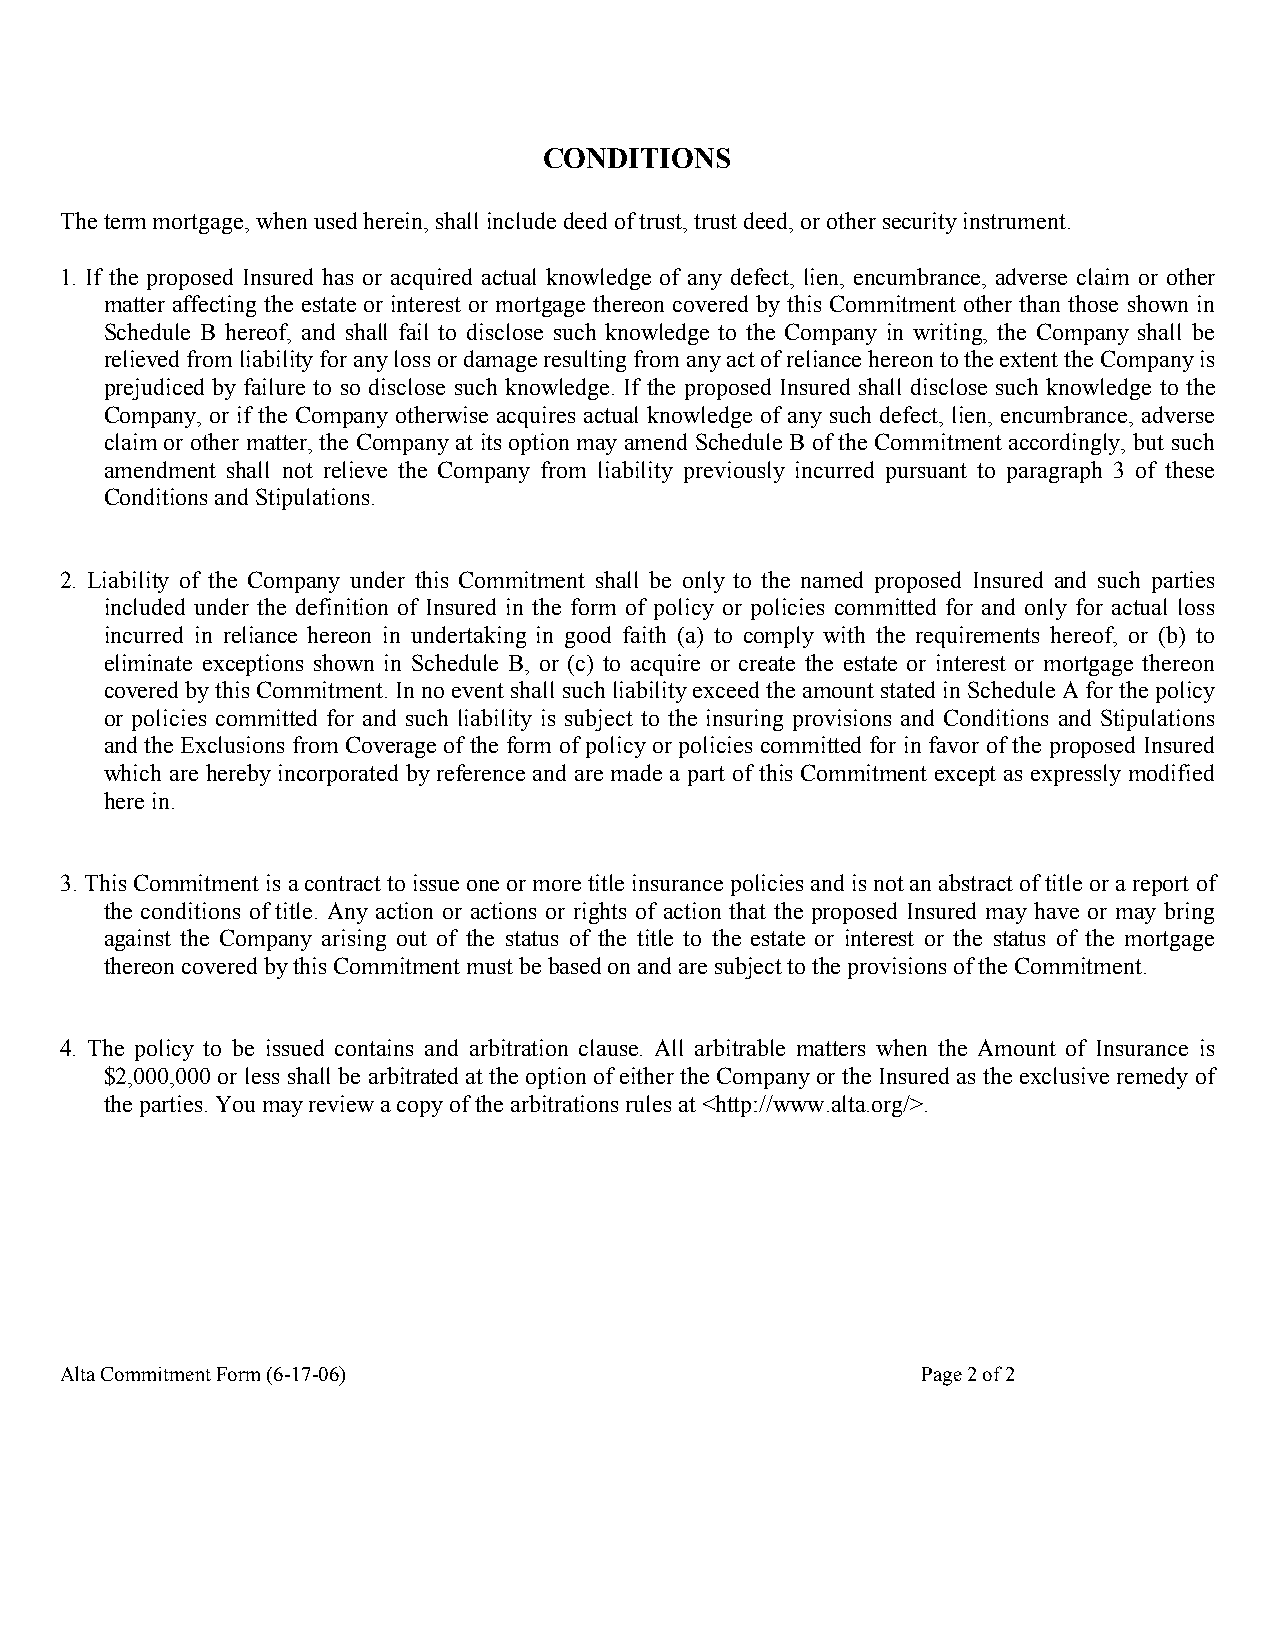
CONDITIONS
 The term mortgage, when used herein, shall include deed of trust, trust deed, or other security instrument.
 1. If the proposed Insured has or acquired actual knowledge of any defect, lien, encumbrance, adverse claim or other
 matter affecting the estate or interest or mortgage thereon covered by this Commitment other than those shown in
 Schedule B hereof, and shall fail to disclose such knowledge to the Company in writing, the Company shall be
 relieved from liability for any loss or damage resulting from any act of reliance hereon to the extent the Company is
 prejudiced by failure to so disclose such knowledge. If the proposed Insured shall disclose such knowledge to the
 Company, or if the Company otherwise acquires actual knowledge of any such defect, lien, encumbrance, adverse
 claim or other matter, the Company at its option may amend Schedule B of the Commitment accordingly, but such
 amendment shall not relieve the Company from liability previously incurred pursuant to paragraph 3 of these
 Conditions and Stipulations.
 2. Liability of the Company under this Commitment shall be only to the named proposed Insured and such parties
 included under the definition of Insured in the form of policy or policies committed for and only for actual loss
 incurred in reliance hereon in undertaking in good faith (a) to comply with the requirements hereof, or (b) to
 eliminate exceptions shown in Schedule B, or (c) to acquire or create the estate or interest or mortgage thereon
 covered by this Commitment. In no event shall such liability exceed the amount stated in Schedule A for the policy
 or policies committed for and such liability is subject to the insuring provisions and Conditions and Stipulations
 and the Exclusions from Coverage of the form of policy or policies committed for in favor of the proposed Insured
 which are hereby incorporated by reference and are made a part of this Commitment except as expressly modified
 here in.
 3. This Commitment is a contract to issue one or more title insurance policies and is not an abstract of title or a report of
 the conditions of title. Any action or actions or rights of action that the proposed Insured may have or may bring
 against the Company arising out of the status of the title to the estate or interest or the status of the mortgage
 thereon covered by this Commitment must be based on and are subject to the provisions of the Commitment.
 4. The policy to be issued contains and arbitration clause. All arbitrable matters when the Amount of Insurance is
 $2,000,000 or less shall be arbitrated at the option of either the Company or the Insured as the exclusive remedy of
 the parties. You may review a copy of the arbitrations rules at <http://www.alta.org/>.
 Alta Commitment Form (6-17-06)                           Page 2 of 2